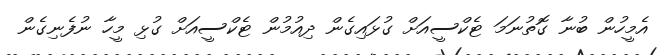
އެމީހުން ބުނާ ގޮތުނަމަ ޓެކްސީއަށް ގުޅައިގެން ދިއުމުން ޓެކްސީއަށް ގުޅި މީހާ ނުފެނިގެން